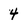
Character: 4